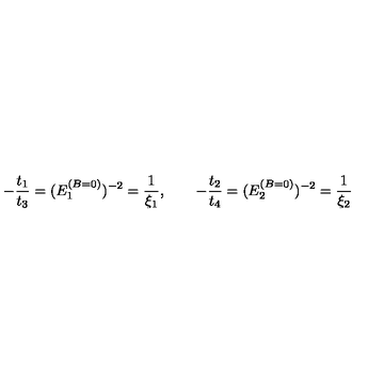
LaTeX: - { \frac { t _ { 1 } } { t _ { 3 } } } = ( E _ { 1 } ^ { ( B = 0 ) } ) ^ { - 2 } = { \frac { 1 } { \xi _ { 1 } } } , \qquad - { \frac { t _ { 2 } } { t _ { 4 } } } = ( E _ { 2 } ^ { ( B = 0 ) } ) ^ { - 2 } = { \frac { 1 } { \xi _ { 2 } } }